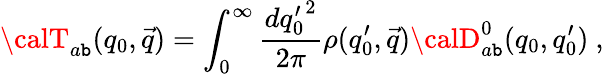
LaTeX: {\calT}_{a\mathtt{b}}(q_{0},\vec{{q}})=\int_{0}^{\infty}\frac{{d{q_{0}^{\prime}}^{2}}}{{2\pi}}\rho(q_{0}^{\prime},\vec{{q}}){\calD}_{a\mathtt{b}}^{0}(q_{0},q_{0}^{\prime})~,